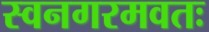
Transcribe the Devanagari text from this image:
स्वनगरमवतः